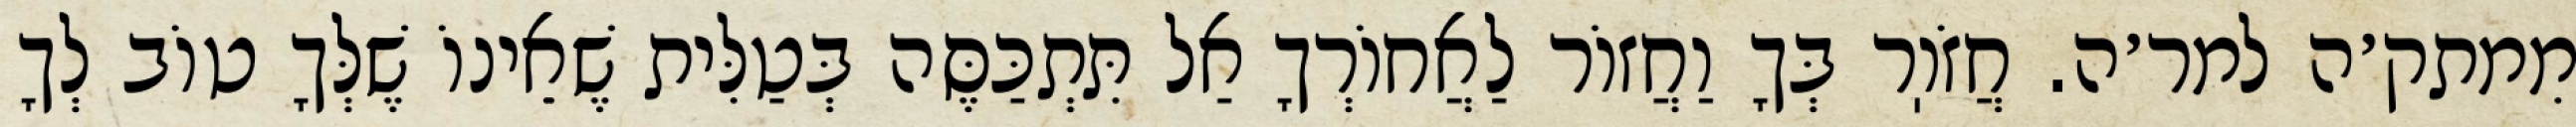
מִמתק׳ה למר׳ה. חֲזֹוֽר בְּךָ וַחֲזוֹר לַאֲחוֹרְךָ אַל תִּתְכַּסֶּה בְּטַלִּית שֶׁאֵינוֹ שֶׁלְּךָ טוֹב לְךָ